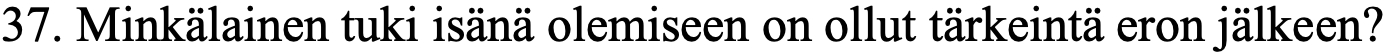
37. Minkälainen tuki isänä olemiseen on ollut tärkeintä eron jälkeen?